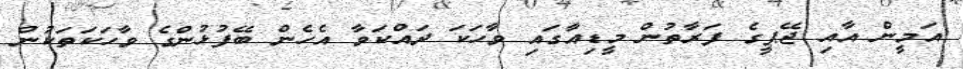
އަމީން އާއި ޖޭޕީގެ ފަރާތުން މީޑިއާގައި ވާހަކަ ދައްކަވާ އެހެން ބޭފުޅުންގެ ވާހަކަތަކުން